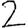
Digit: 2